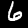
Digit: 6